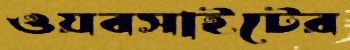
ওয়বসাইটের